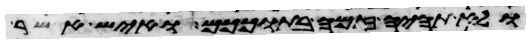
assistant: ולא תהיה זמה בתוככם ואיש אשר